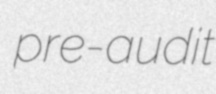
pre-audit